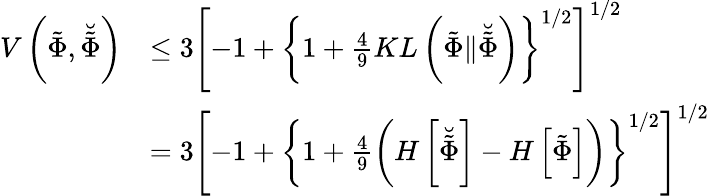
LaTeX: \begin{array}{rl}{V\left(\tilde{\Phi},\breve{\tilde{\Phi}}\right)}&{\leq 3\left[-1+\left\{ 1+\frac{4}{9}KL\left(\tilde{\Phi}\| \breve{\tilde{\Phi}}\right)\right\} ^{1/2}\right]^{1/2}}\\ &{=3\left[-1+\left\{ 1+\frac{4}{9}\left(H\left[\breve{\tilde{\Phi}}\right]-H\left[\tilde{\Phi}\right]\right)\right\} ^{1/2}\right]^{1/2}}\end{array}